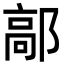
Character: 鄗